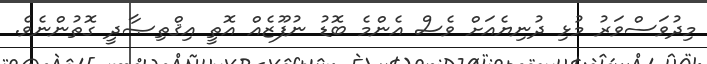
މިދުވަސްވަރު މުޅި ދުނިޔެއަށް ވެސް އެންމެ ބޮޑު ނުފޫޒެއް އޮތީ އިޤްތިޞާދީ ގޮތުންނެވެ.